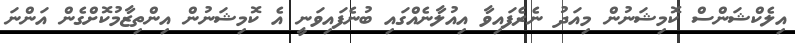
އިލެކްޝަންސް ކޮމިޝަނުން މިއަދު ނެރެފައިވާ އިއުލާނެއްގައި ބުނެފައިވަނީ އެ ކޮމިޝަނުން އިންތިޒާމުކޮށްގެން އަންނަ